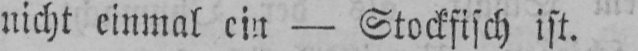
nicht einmal ein - Stockfisch ist.